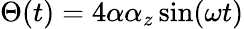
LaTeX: \Theta(t)=4\alpha\alpha_{z}\sin(\omega t)